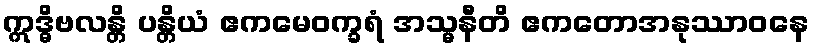
ဣဒ္ဓိဗလန္တိ ပန္တိယံ ဧကမေဝက္ခရံ အသ္မနီတိ ဧကတောအနုဿာဝနေ